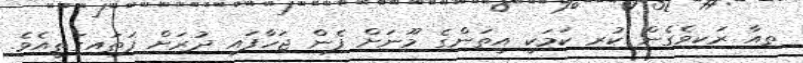
ތިއާ ރަކިވެގެން ކުރި ކަމަކީ އީތަންގެ މޫނަށް ފެން ޖަހާފައި ދުރަށް ފަތައިގަތީއެވެ.